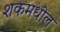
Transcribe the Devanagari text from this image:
शकमधील